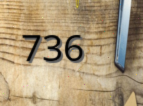
736